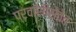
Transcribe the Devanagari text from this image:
प्रवासीसेवेत